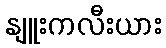
နျူးကလီးယား